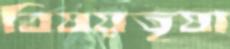
বিষয়তৃষা